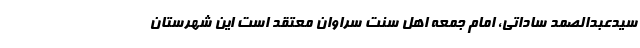
سیدعبدالصمد ساداتی، امام جمعه اهل سنت سراوان معتقد است این شهرستان